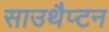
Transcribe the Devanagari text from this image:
साउथैप्टन